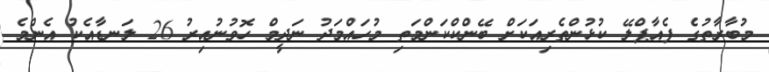
މުބާރާތުގެ ފެއާޕްލޭ ކުޅުންތެރިއަކަށް ބޭންކްކަންމަތި މުހައްމަދު ނަދީމް ހޮވުނުއިރު 26 ލަނޑާއެކު އެންމެ